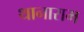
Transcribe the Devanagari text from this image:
थानाराम